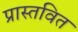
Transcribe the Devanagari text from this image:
प्रास्तवित